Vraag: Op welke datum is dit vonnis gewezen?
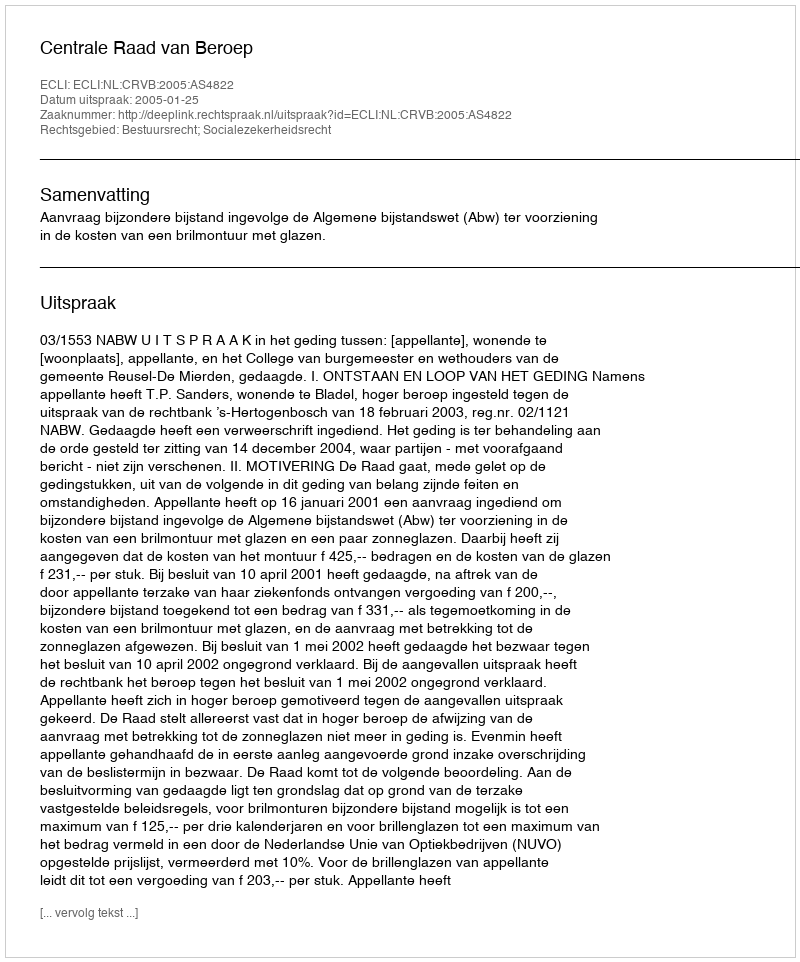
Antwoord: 2005-01-25